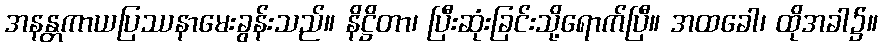
အနန္တကာယပြဿနာမေးခွန်းသည်။ နိဋ္ဌိတာ၊ ပြီးဆုံးခြင်းသို့ရောက်ပြီ။ အထခေါ၊ ထိုအခါ၌။